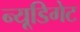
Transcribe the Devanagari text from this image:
न्यू्डिगेट